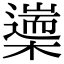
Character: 𣜅